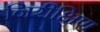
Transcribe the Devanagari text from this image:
निरीक्षिण